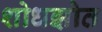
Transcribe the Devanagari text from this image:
शोधझोत